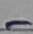
Text: -